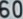
606